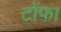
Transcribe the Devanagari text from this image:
टोंफा